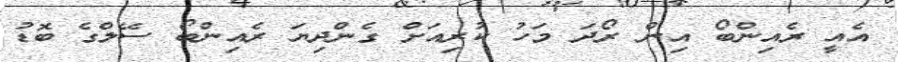
އެއީ ރެއިންބޯ އިން ރޯދަ މަހު ކުރިއަށް ގެންދިޔަ ރެއިންބޯ ސޭލްގެ ބޮޑު